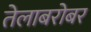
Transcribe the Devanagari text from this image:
तेलाबरोबर